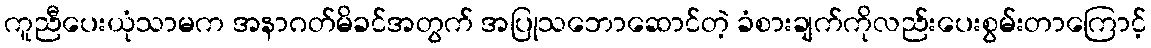
ကူညီပေးယုံသာမက အနာဂတ်မိခင်အတွက် အပြုသဘောဆောင်တဲ့ ခံစားချက်ကိုလည်းပေးစွမ်းတာကြောင့်